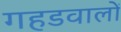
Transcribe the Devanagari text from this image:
गहडवालों